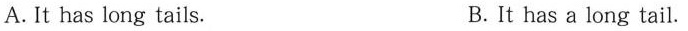
A. It has long tails. B. It has a long tail.